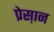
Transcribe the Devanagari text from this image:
प्रेस़ान